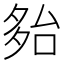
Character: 𡖤